Vital statistics of India. Vol. VI, European troops 1870-79
Year: 1870
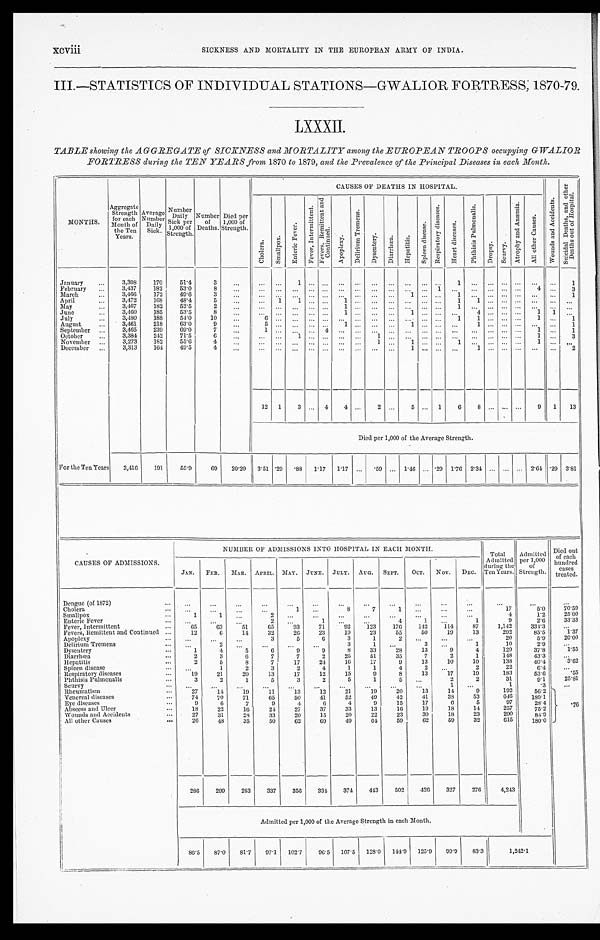
x c v i i i
SICKNESS AND MORTALITY IN THE EUROPEAN ARMY OF INDIA.
III.—STATISTICS OF INDIVIDUAL STATIONS—GWALIOR FORTRESS; 1870-79.
LXXXII.
TABLE showing the AGGREGATE of SICKNESS and MORTALITY among the EUROPEAN TROOPS occupying GWALIO
R FORTRESS during the TEN YEARS from 1870 to 1879, and the Prevalence of the Principal Diseases in each Month.
MONTHS.
Aggregate Strength for each
Month of
the Ten
Years.
Average Number Daily Sick.
Number Daily
Sick per
1,000 of
Strength.
Number of
Deaths.
Died per
1,000 of
Strength.
CAUSES OF DEATHS IN HOSPITAL.
W o u n d s a n d A c c i d e n t s .
S u i c i d a l D e a t h s , a n d o t h e r
D e a t h s o u t o f H o s p i t a l .
C h o l e r a . S ma l l p o x .
E n t e r i c F e v e r .
F e v e r , I n t e r m i t t e n t . F e v e r s , R e m i t t e n t a n d
C o n t i n u e d .
Apopl exy.
D e l i r i u m T r e m e n s .
D y s e n t e r y .
Di ar r hœa.
H e p a t i t i s .
S p l e e n d i s e a s e .
R e s p i r a t o r y d i s e a s e s .
H e a r t d i s e a s e s .
P h t h i s i s P u l m o n a l i s .
D r o p s y . S c u r v y .
A t r o p h y a n d A n æ m i a . A l l o t h e r c a u s e s .
January
3,308 170 51.4 3
1
1
1
February
3,437 182 53.0 8
1
4
3
M a r c h
3,466 172 49.6 3
1
1
1
April
3,472 168 48.4 5
1 1
1
1 1
May
3,467 182 52.5 2
1
1
June
3,460 185 53.5 8
1
1
4
1 1
July
3,480 188 54.0 10
6
1
1
1
1
August
3,461 218 63.0 9
5
l
1
1
1
September
3,465 239 69.0 7
1
4
1
1
O c t o b e r 3,384 242 71.5
6
1
1
1
3
November
3,273 182 55.6 4
1
1
1
1
December
3,313 164 49.5
4
1
1
2
12 1 3
4 4
2
5
1 6 8
9 1 13
Died per 1,000 of the Average Strength.
For the Ten Years 3,416 191 55.9 69 20.20 3.51 .29 . 8 8 1.17 1.17
. 59 1.46 .29 1.76 2.34
2.64 .29 3.81
CAUSES OF ADMISSIONS.
NUMBER OF ADMISSIONS INTO HOSPITAL IN EACH MONTH.
Tot al Admi t t ed
during the
Ten Years.
A d mi t t e d p e r 1 , 0 0 0
of St r engt h.
Died out
of each
hundred cases
treated.
JAN. FEB. MAR. APRIL. MA Y . JUNE. JULY. AUG. SEPT. OCT. NOV. DEC.
Dengue (of 1872)
Cholera
1
8
7
1
17
5. 0 70. 59
Smallpox
1
1
2
4
1. 2 25. 00
Enteric Fever
2
1
4
1
1
9
2.6 33. 33
Fever, Intermittent
65 63 51 65 93 71 92 123 176 142
1 1 4
87 1, 142
334.3
Fevers, Remittent and Continued
12
6 14 32 26 23 19 23 55 50 19
1 3 292
85.5
1. 37
Apoplexy
3
5
6 3
1
2
20
5.9 20. 00
Delirium Tremens
2
3
1
3
1
10
2.9
Dysentery
1
4
5
6 9
9
8 33 28 13
9
4
129
37.8
1. 55
Diarrhœa
2
3
6
7
7
2 25 51 35
7
2
1
148
43.3
Hepatitis
2
5
8
7 17 2 4
16 17
9 13 10 10
138
40.4
3. 62
Spleen disease
1
2
3
2
4
1
1
4
2
2
22
6.4
Respiratory diseases
19 21 20 13 17 12 15
9
8 13 17 19
183
53.6
.55
Phthisis Pulmonalis
3
2
1
5
3
2
5
1
5
2
2
31
9. 1 25. 81
Scurvy
1
1
.3
Rheumatism
27 14 19 11 13 12 21 19 20 13 14
9
192
56' 2
.76
Venereal diseases
74 70 71 65 50 41 52 49 42 41 38 53
646 189.1
Eye diseases
9
6
7
9
4
6
4
9 15 17
6
5
97
28.4
Abscess and Ulcer
18 22 16 24 27 37 33 13 16 19 18 14
257
75.2
Wounds and Accidents
27 31 28 33 20 15 20 22 23 30 18 23
290
84.9
All other Causes
26 48 35 50 62 69 49 64 59 62 59 32
615 180.0
286 299 283 337 356 334 374 443 502 426 327 276 4,243
Admitted per 1,000 of the Average Strength in each Month.
86.5 87.0 81.7 97.1 102.7 96.5 107.5 128.0 144.9 125.9 99.9 83.3
1 , 2 4 2 . 1